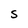
Character: S